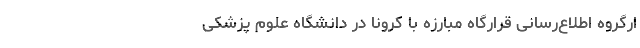
ارگروه اطلاع‌رسانی قرارگاه مبارزه با کرونا در دانشگاه علوم پزشکی